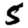
Digit: 5